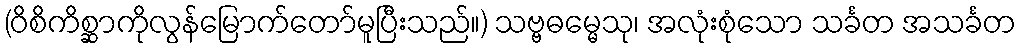
(ဝိစိကိစ္ဆာကိုလွန်မြောက်တော်မူပြီးသည်။) သဗ္ဗဓမ္မေသု၊ အလုံးစုံသော သင်္ခတ အသင်္ခတ